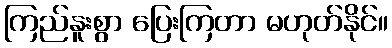
ကြည်နူးစွာ ပြေးကြတာ မဟုတ်နိုင်။